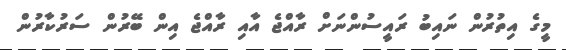
މީގެ އިތުރުން ނައިބު ރައީސުންނަށް ރާއްޖެ އާއި ރާއްޖެ އިން ބޭރުން ސަރުކާރުން